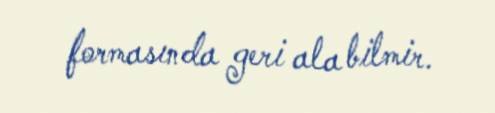
formasında geri ala bilmir.